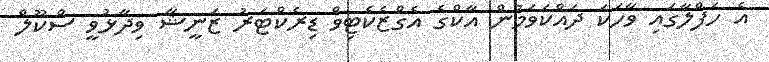
އެ ހަފްލާގައި ވާހަކަ ދައްކަވަމުން އާކްގެ އެގްޒެކެޓިވް ޑިރެކްޓަރު ޒަނީޝާ ވިދާޅުވީ ސްކޫލް